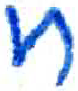
אות: ח